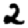
Digit: 2